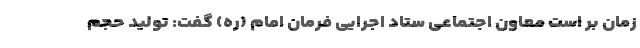
زمان بر است معاون اجتماعی ستاد اجرایی فرمان امام (ره) گفت: تولید حجم